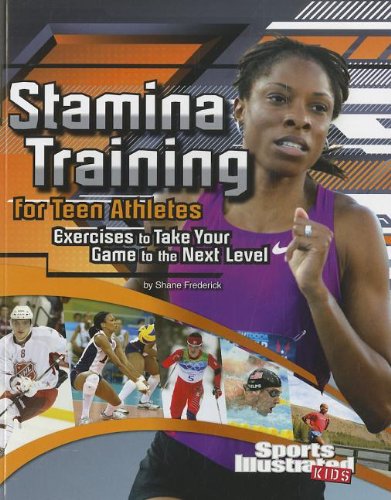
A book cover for Stamina Training for Teen Athletes: Exercises to Take Your Game to the Next Level (Sports Training Zone); Shane Frederick; Health, Fitness & Dieting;